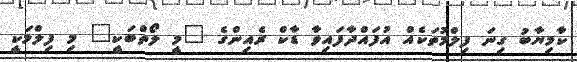
ކާމިޔާބު ގިނަ ފިލްމުތަކެއް އުފައްދާފައިވާ ޑާކް ރެއިންގެ "މީ ލޯތްބަކީ" މި ފިލްމަކީ